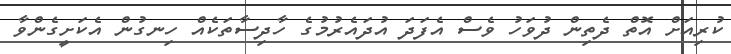
ކުރިއަށް އޮތް ދެތިން ދުވަހު ވެސް އެފަދަ އުދައެރުމުގެ ހާދިސާތަކެއް ހިނގުން އެކަށީގެންވާ